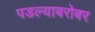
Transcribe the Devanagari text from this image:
पडल्याबरोबर